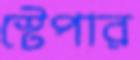
স্টেপার